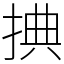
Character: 捵